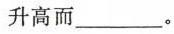
升高而___。